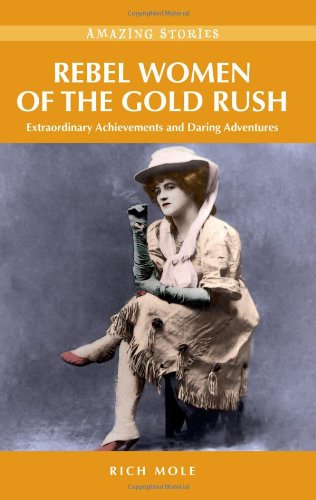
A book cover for Rebel Women of the Gold Rush: Extraordinary Achievements and Daring Adventures (Amazing Stories); Rich Mole; Biographies & Memoirs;